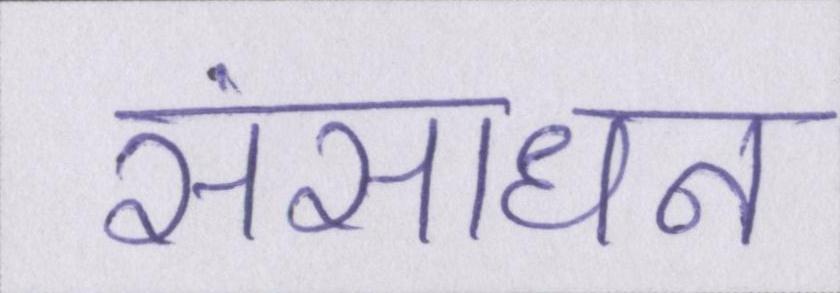
संसाधन